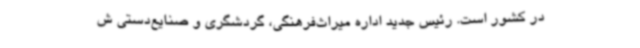
در کشور است. رئیس جدید اداره میراث‌فرهنگی، گردشگری و صنایع‌دستی ش